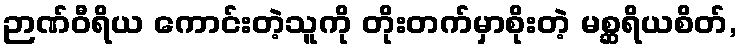
ဉာဏ်ဝီရိယ ကောင်းတဲ့သူကို တိုးတက်မှာစိုးတဲ့ မစ္ဆရိယစိတ်,